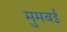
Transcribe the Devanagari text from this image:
मुमबई